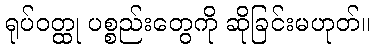
ရုပ်ဝတ္ထု ပစ္စည်းတွေကို ဆိုခြင်းမဟုတ်။